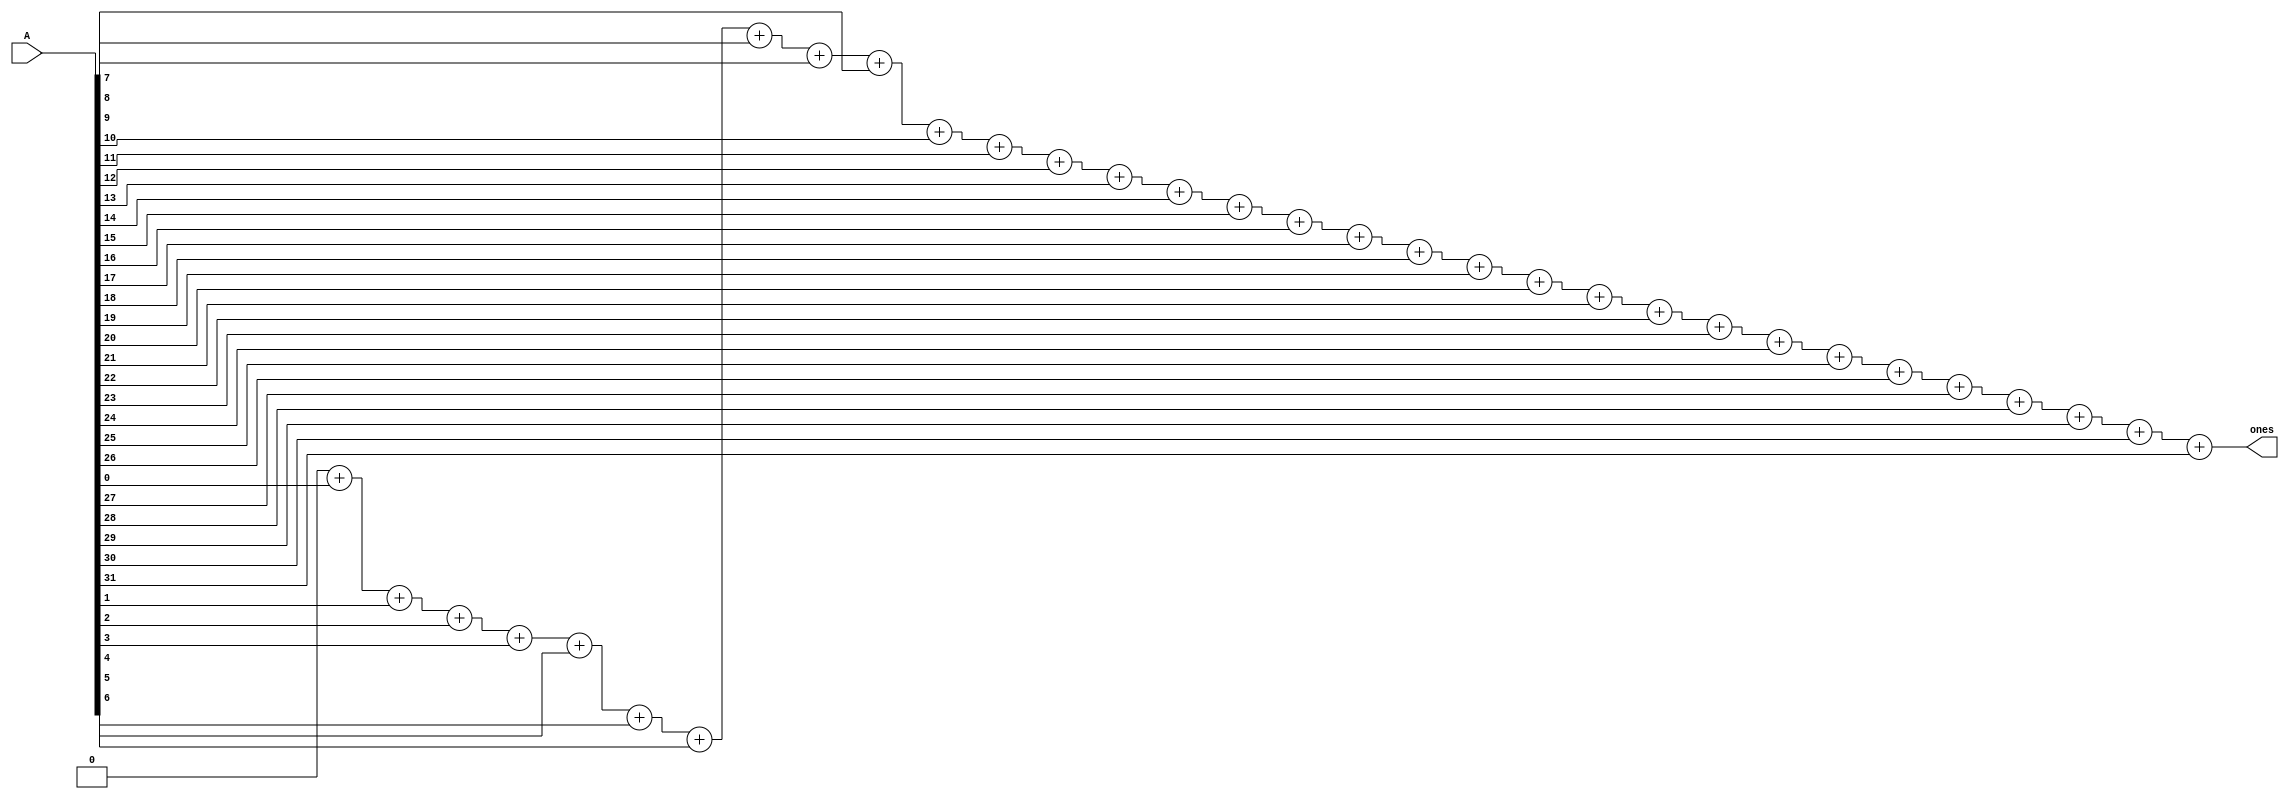
module ones_count(A, ones);
    input [31:0] A;
    output reg [5:0] ones;
    integer i;
    always@(A)
      begin
          ones = 0;  //initialize count variable.
          for(i=0;i<32;i=i+1)   //for all the bits.
              ones = ones + A[i]; //Add the bit to the count.
      end
endmodule